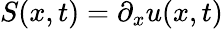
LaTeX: S(x,t)=\partial_{x}u(x,t)